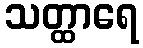
သတ္ထာရေ